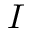
I